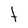
Character: t